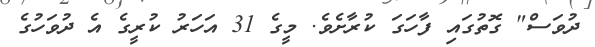
ދުވަސް" ގޮތުގައި ފާހަގަ ކުރާށެވެ. މީގެ 31 އަހަރު ކުރީގެ އެ ދުވަހުގެ